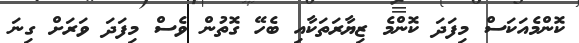
ކޮންމެއަކަސް މިފަދަ ކޮންމެ ޒިޔާރަތަކާއި ބެހޭ ގޮތުން ވެސް މިފަދަ ވަރަށް ގިނަ